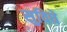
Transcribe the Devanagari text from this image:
सुविधे